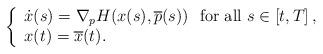
LaTeX: \begin{align*}\left\{\begin{array}{l}\dot{x}(s)= \nabla_p H(x(s),\overline{p}(s))\ \mbox{ for all } s\in \left[ t, T \right],\\x(t)=\overline{x}(t).\end{array}\right.\end{align*}